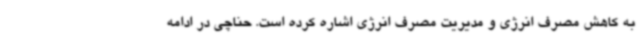
به کاهش مصرف انرژی و مدیریت مصرف انرژی اشاره کرده است. حناچی در ادامه